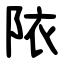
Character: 䧇